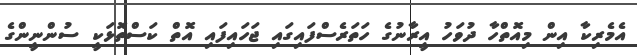
އެމެރިކާ އިން މިއޮތްހާ ދުވަހު އީރާނުގެ ހަތަރެސްފައިގައި ޖަހައިފައި އޮތް ކަސްތޮޅަކީ ސުންނީންގެ